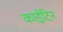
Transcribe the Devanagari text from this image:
काईटिन